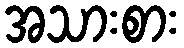
အသားစား